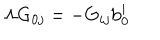
\mathrm { \Lambda G } _ { 0 j } = - \mathrm { G } _ { i j } \mathrm { b } _ { 0 } ^ { i }